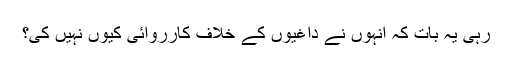
رہی یہ بات کہ انہوں نے داغیوں کے خلاف کارروائی کیوں نہیں کی؟